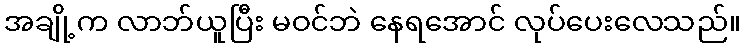
အချို့က လာဘ်ယူပြီး မဝင်ဘဲ နေရအောင် လုပ်ပေးလေသည်။